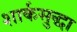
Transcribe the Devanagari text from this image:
शार्कसुद्धा